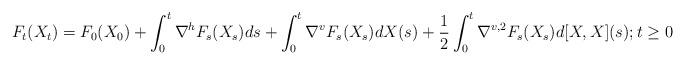
LaTeX: \begin{align*}F_t(X_t) = F_0(X_0)+ \int_0^t\nabla^hF_s(X_s)ds + \int_0^t\nabla^vF_s(X_s)dX(s) + \frac{1}{2}\int_0^t\nabla^{v,2}F_s(X_s)d[X,X](s); t\ge 0\end{align*}